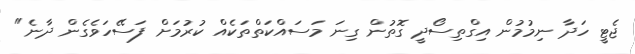
ޖެޓީ ހަދާ ނިމުމުން އިގްތިސޯދީ ގޮތުން ގިނަ މަސައްކަތްތަކެއް ކުރުމަށް ފަސޭހަވެގެން ދާނެ"